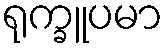
ရုက္ခူပမာ